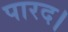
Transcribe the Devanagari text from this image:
पारद।